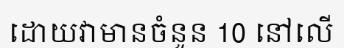
ដោយវាមានចំនួន 10 នៅលើ